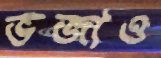
ভজাও